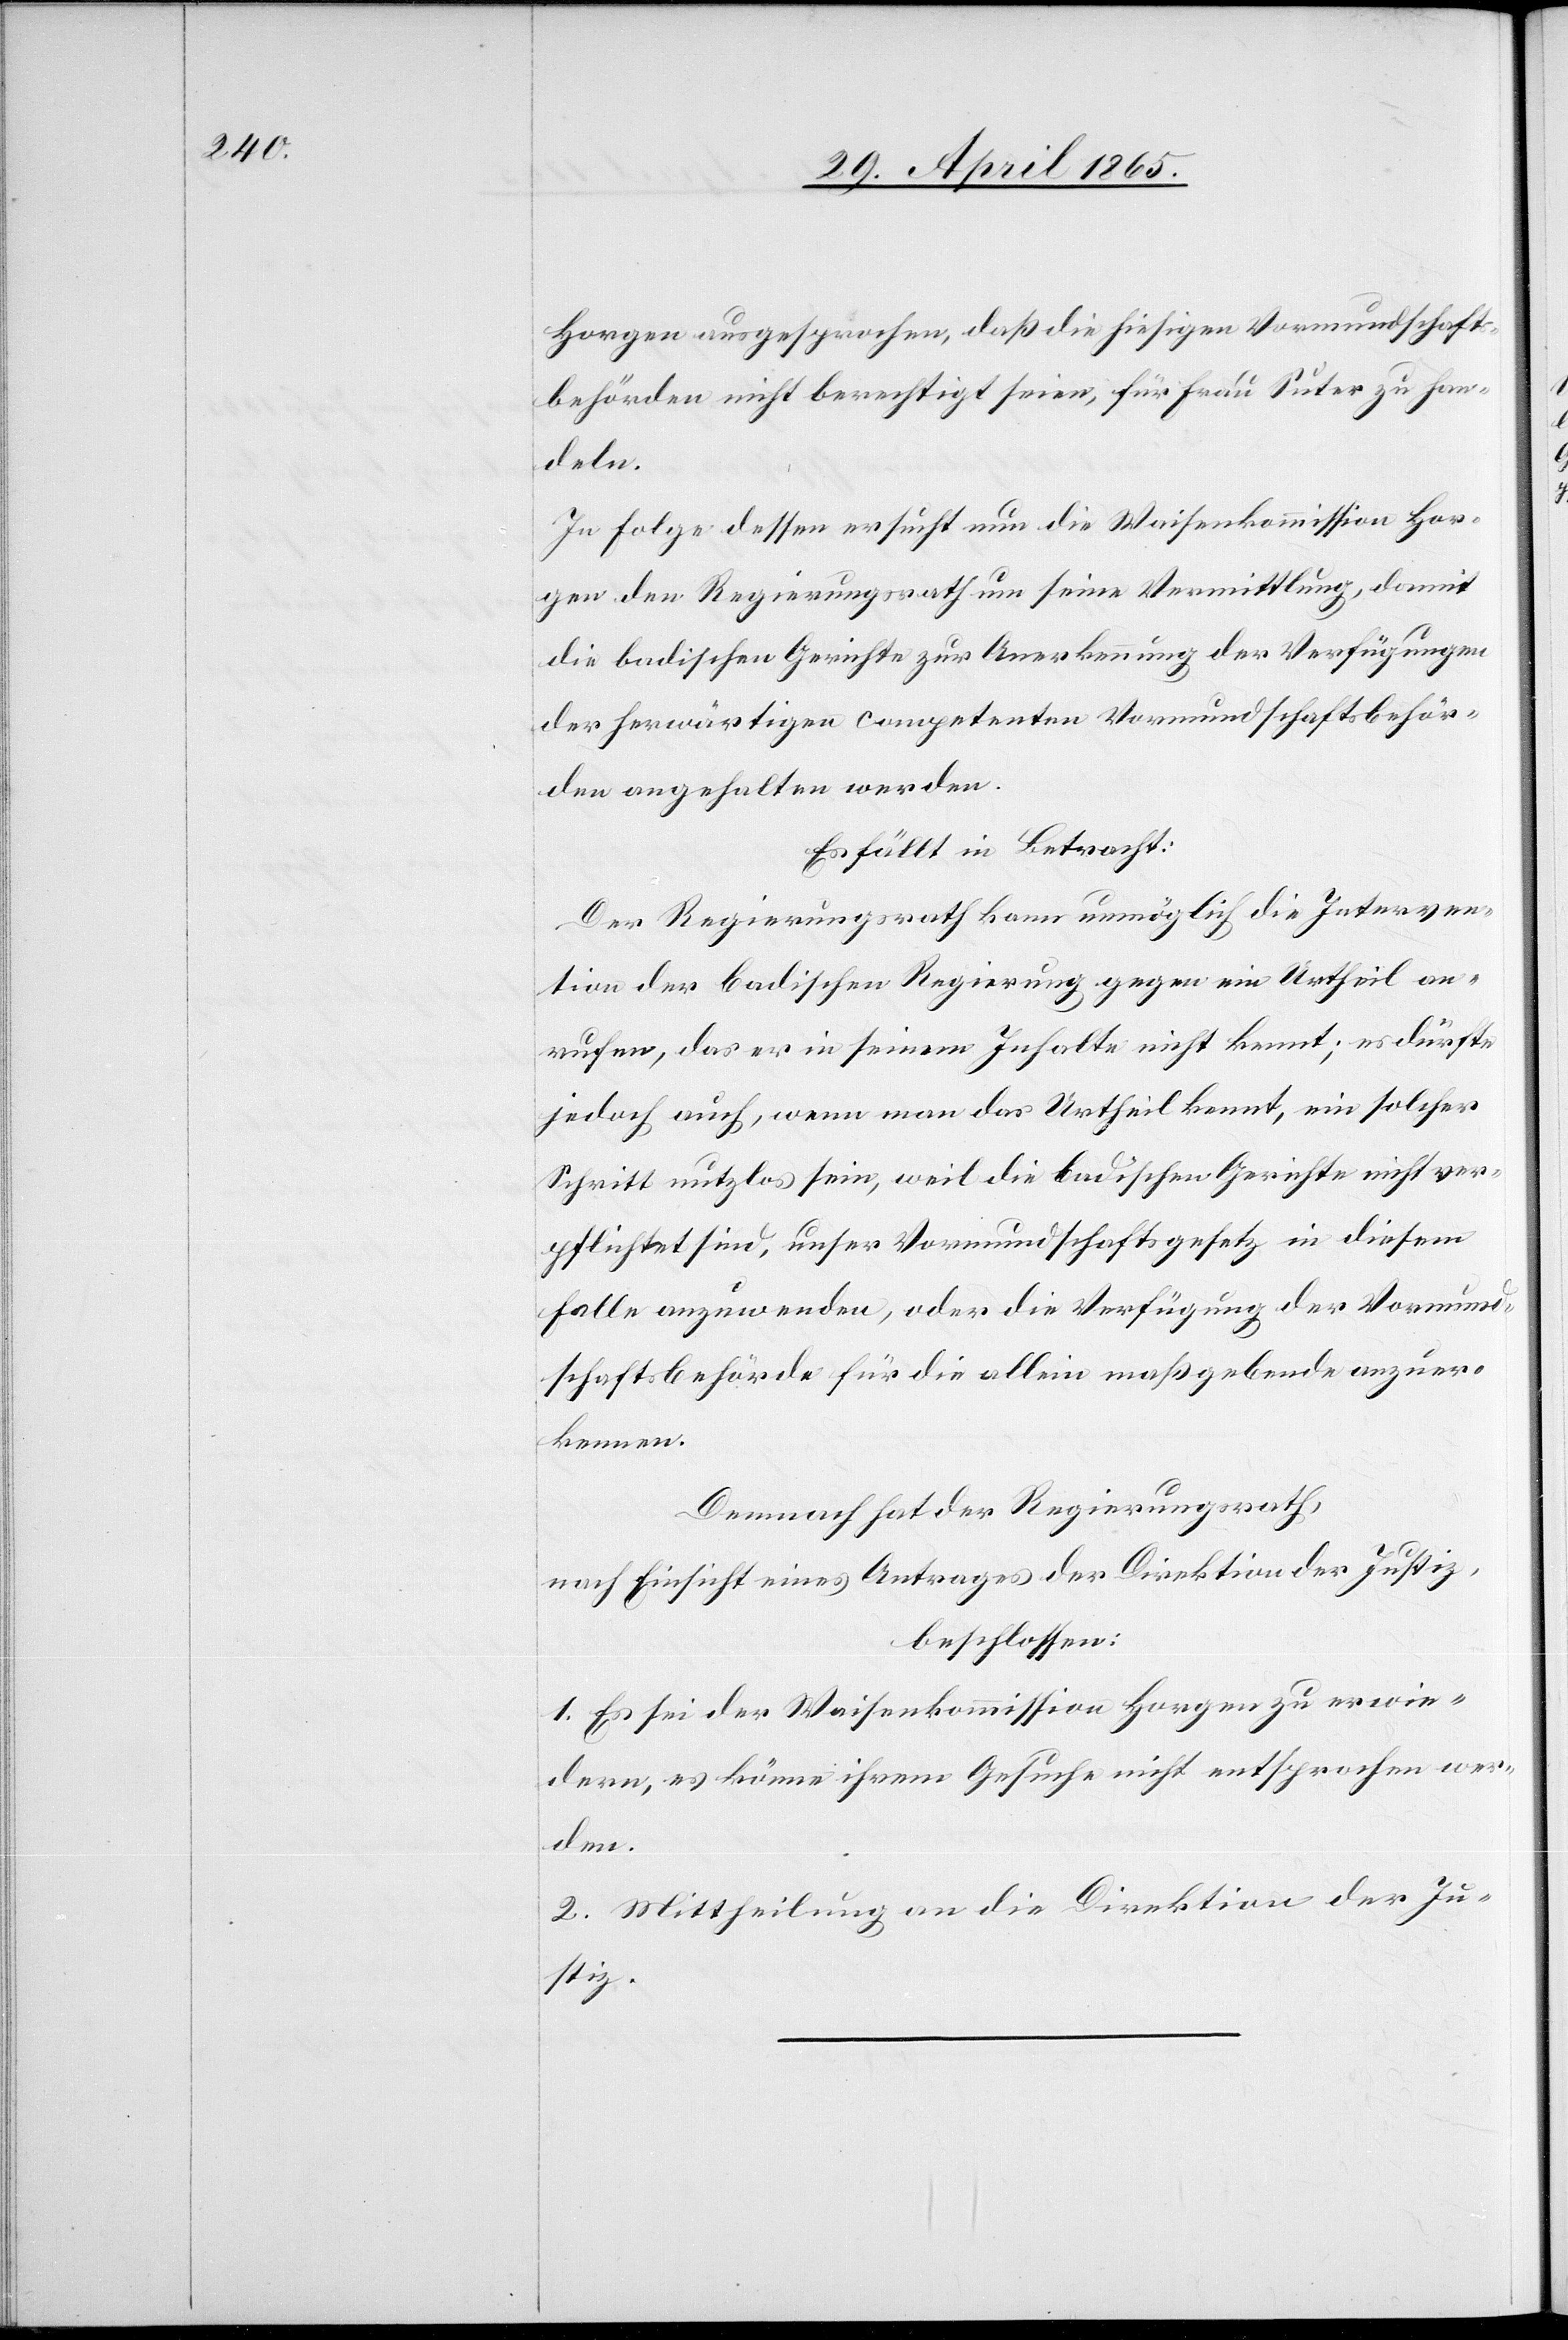
Horgen ausgesprochen, daß die hiesigen Vormundschafts¬
behörden nicht berechtigt seien, für Frau Suter zu han¬
deln.
In Folge dessen ersucht nun die Waisenkommission Hor¬
gen den Regierungsrath um seine Vermittlung, damit
die badischen Gerichte zur Anerkennung der Verfügungen
der herwärtigen competenten Vormundschaftsbehör¬
den angehalten werden.
Es fällt in Betracht:
Der Regierungsrath kann unmöglich die Interven¬
tion der badischen Regierung gegen ein Urtheil an¬
rufen, das er in seinem Inhalte nicht kennt; es dürfte
jedoch auch, wenn man das Urtheil kennt, ein solcher
Schritt nutzlos sein, weil die badischen Gerichte nicht ver¬
pflichtet sind, unser Vormundschaftsgesetz in diesem
Falle anzuwenden, oder die Verfügung der Vormund¬
schaftsbehörde für die allein maßgebende anzuer¬
kennen.
Demnach hat der Regierungsrath,
nach Einsicht eines Antrages der Direktion der Justiz,
beschlossen:
1. Es sei der Waisenkommission Horgen zu erwie¬
dern, es könne ihrem Gesuche nicht entsprochen wer¬
den.
2. Mittheilung an die Direktion der Ju¬
stiz.